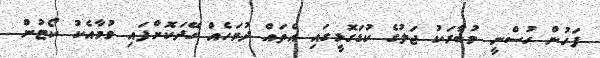
ފަހުން ހުސްނީ މުބާރަކު ޖަލުގެ ކުޑަގޮޅީގައި އެތައް ދުވަހެއް ހޭދަކޮށްފައި ވުމާއެކު ކޯޓުން